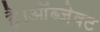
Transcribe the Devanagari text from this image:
है।ऑब्जेक्ट